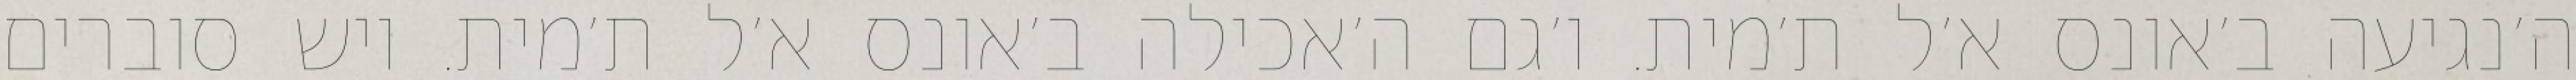
ה׳נגיעה ב׳אונס א׳ל ת׳מית. ו׳גם ה׳אכילה ב׳אונס א׳ל ת׳מית. ויש סוברים